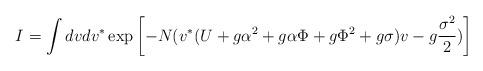
LaTeX: \begin{align*}I=\int dv dv^{\ast} \exp\left[-N (v^{\ast} (U+g \alpha^2+g \alpha \Phi+g \Phi^2+g \sigma)v-g {\sigma^2 \over 2})\right]\end{align*}